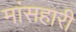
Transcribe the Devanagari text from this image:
मांसहारी